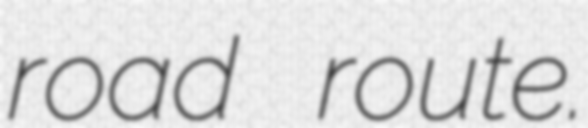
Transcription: road route.